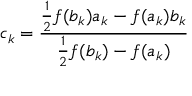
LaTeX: c _ { k } = { \frac { { \frac { 1 } { 2 } } f ( b _ { k } ) a _ { k } - f ( a _ { k } ) b _ { k } } { { \frac { 1 } { 2 } } f ( b _ { k } ) - f ( a _ { k } ) } }